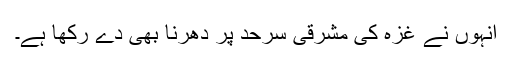
انہوں نے غزہ کی مشرقی سرحد پر دھرنا بھی دے رکھا ہے۔